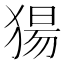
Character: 𬌺